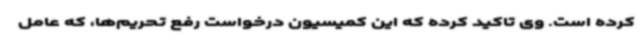
کرده است. وی تاکید کرده که این کمیسیون درخواست رفع تحریم‌ها، که عامل